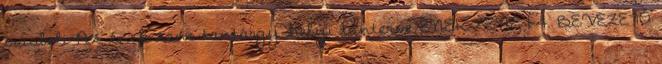
írásbeli Az ének-zene tantárgy helyi tanterve ÉNEK-ZENE 1-4. BEVEZETŐ